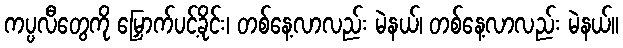
ကပ္ပလီတွေကို မြှောက်ပင့်ခိုင်း၊ တစ်နေ့လာလည်း မဲနယ်၊ တစ်နေ့လာလည်း မဲနယ်။